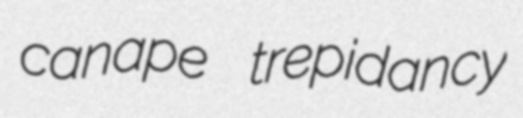
canape trepidancy